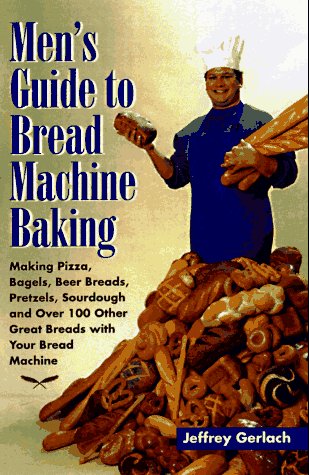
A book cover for Men's Guide to Bread Machine Baking: Making Pizza, Bagels, Beer Bread, Pretzels, Sourdough, and Over 100 Other Great Breads with Your Bread Machine; Jeffrey Gerlach; Cookbooks, Food & Wine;